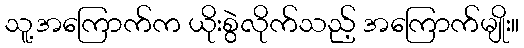
သူ့အကြောက်က ယိုးစွဲလိုက်သည့် အကြောက်မျိုး။